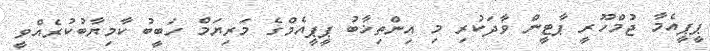
ޕީޕީއެމާ ޖުމްހޫރީ ޕާޓީން ވާދަކުރި މި އިންތިޚާބު ޕީޕީއެމްގެ މަރިޔަމް ހަބީބު ކާމިޔާބުކުރެއްވީ